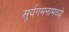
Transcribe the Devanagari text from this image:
सूर्यगमनामध्ये